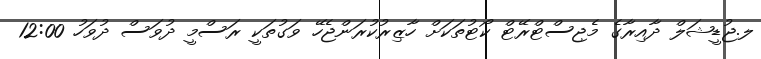
ލ.ޖުޑީޝަލް ދާއިރާގެ މެޖިސްޓްރޭޓް ކޯޓުތަކަށް ހާޒިރުކުރަންޖެހޭ ވަގުތަކީ ރަސްމީ ދުވަސް ދުވަހު 12:00